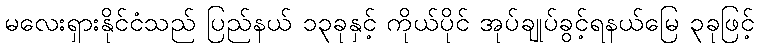
မလေးရှားနိုင်ငံသည် ပြည်နယ် ၁၃ခုနှင့် ကိုယ်ပိုင် အုပ်ချုပ်ခွင့်ရနယ်မြေ ၃ခုဖြင့်